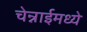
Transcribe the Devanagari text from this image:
चेन्नाईमध्ये